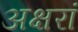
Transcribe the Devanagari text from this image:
अक्षरां